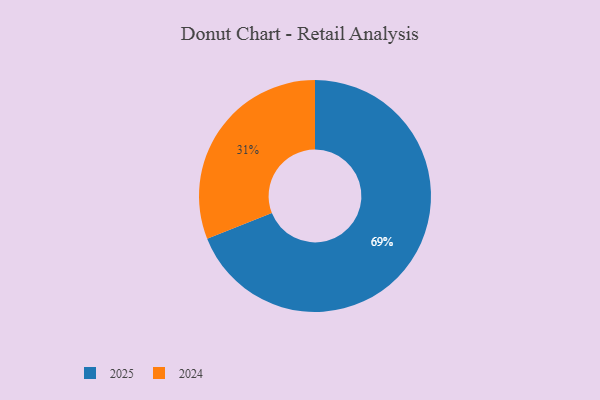
{"axis": {"x": "Category", "y": "Percentage"}, "legend": ["2024", "2025"], "data": [{"x": "2024", "y": 31, "type": "2024"}, {"x": "2025", "y": 69, "type": "2025"}]}